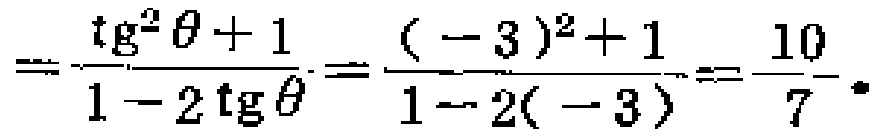
\[=\frac{\text{tg}^{2}\theta + 1}{1 - 2\text{tg}\theta}=\frac{(-3)^{2}+1}{1 - 2(-3)}=\frac{10}{7}.\]